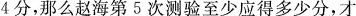
4分，那么赵海第5次测验至少应得多少分，才